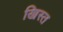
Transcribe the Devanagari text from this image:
ख्रिस्‍त्‍ा